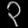
Digit: ၃